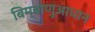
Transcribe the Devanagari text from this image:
बिम्बाणुआधान